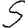
Digit: 5